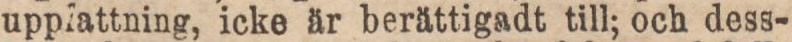
upplattning, icke är berättigadt till; och dess-